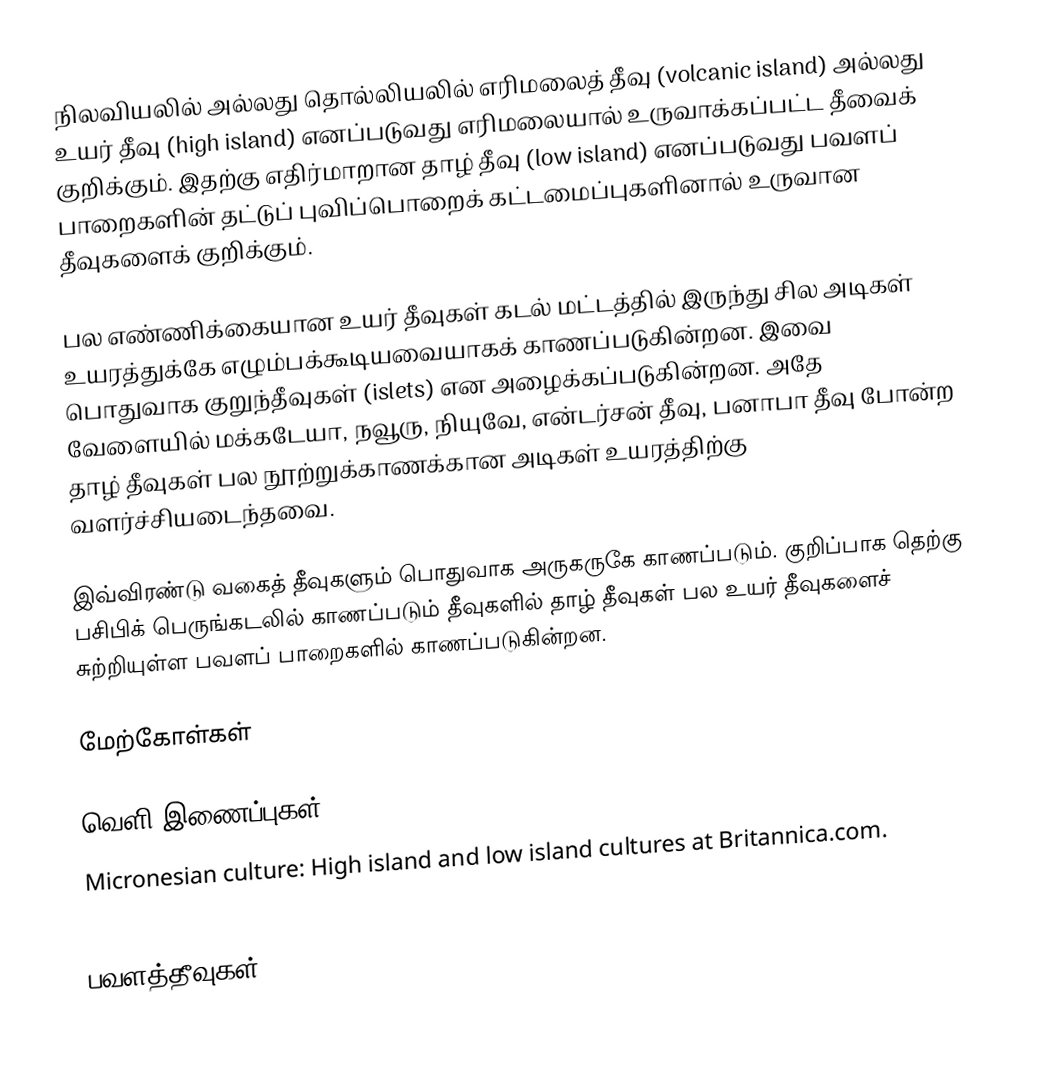
நிலவியலில் அல்லது தொல்லியலில் எரிமலைத் தீவு (volcanic island) அல்லது உயர் தீவு (high island) எனப்படுவது எரிமலையால் உருவாக்கப்பட்ட தீவைக் குறிக்கும். இதற்கு எதிர்மாறான தாழ் தீவு (low island) எனப்படுவது பவளப் பாறைகளின் தட்டுப் புவிப்பொறைக் கட்டமைப்புகளினால் உருவான தீவுகளைக் குறிக்கும்.

பல எண்ணிக்கையான உயர் தீவுகள் கடல் மட்டத்தில் இருந்து சில அடிகள் உயரத்துக்கே எழும்பக்கூடியவையாகக் காணப்படுகின்றன. இவை பொதுவாக குறுந்தீவுகள் (islets) என அழைக்கப்படுகின்றன. அதே வேளையில் மக்கடேயா, நவூரு, நியுவே, என்டர்சன் தீவு, பனாபா தீவு போன்ற தாழ் தீவுகள் பல நூற்றுக்காணக்கான அடிகள் உயரத்திற்கு வளர்ச்சியடைந்தவை.

இவ்விரண்டு வகைத் தீவுகளும் பொதுவாக அருகருகே காணப்படும். குறிப்பாக தெற்கு பசிபிக் பெருங்கடலில் காணப்படும் தீவுகளில் தாழ் தீவுகள் பல உயர் தீவுகளைச் சுற்றியுள்ள பவளப் பாறைகளில் காணப்படுகின்றன.

மேற்கோள்கள்

வெளி இணைப்புகள்
Micronesian culture: High island and low island cultures at Britannica.com.

பவளத்தீவுகள்